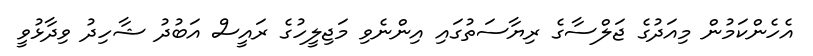
އެހެންކަމުން މިއަދުގެ ޖަލްސާގެ ރިޔާސަތުގައި އިންނެވި މަޖިލީހުގެ ރައީސް އަބުދު ޝާހިދު ވިދާޅުވީ